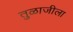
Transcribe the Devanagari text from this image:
तुळाजीला